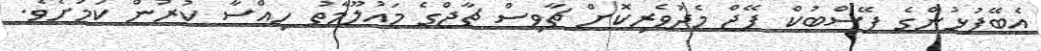
އެބޭފުޅުންގެ ފޭސްބުކް ޕޭޖް މެދުވެރިކޮށް ޗާވިސް ޗާޖްގެ މައުލޫމާތު ހިއްސާ ކުރުން ކަމަށެވެ.